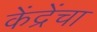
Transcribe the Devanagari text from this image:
केंद्रेंचा